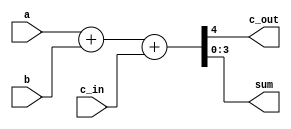
`timescale 1ns / 1ps
//////////////////////////////////////////////////////////////////////////////////
// Company: 
// Engineer: 
// 
// Design Name: 
// Module Name: Verification_4bit
// Project Name: 
// Target Devices: 
// Tool Versions: 
// Description: 
// 
// Dependencies: 
// 
// Revision:
// Revision 0.01 - File Created
// Additional Comments:
// 
//////////////////////////////////////////////////////////////////////////////////


module Verification_4bit(
    output c_out,
    output [3:0] sum,
    input [3:0] a,
    input [3:0] b,
    input c_in
    );

	assign {c_out, sum} = a + b + c_in;

endmodule